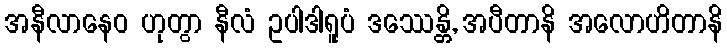
အနီလာနေဝ ဟုတွာ နီလံ ဥပါဒါရူပံ ဒဿေန္တိ, အပီတာနိ အလောဟိတာနိ